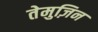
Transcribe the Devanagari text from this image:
तेमुज़िन